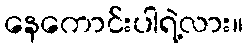
နေကောင်းပါရဲ့လား။